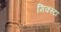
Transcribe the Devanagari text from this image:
मिक्स्टा